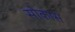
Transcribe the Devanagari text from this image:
सोकास